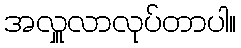
အလှူလာလုပ်တာပါ။